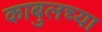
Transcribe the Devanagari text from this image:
काबुलच्या